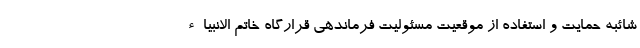
شائبه حمایت و استفاده از موقعیت مسئولیت فرماندهی قرارگاه خاتم الانبیاء